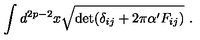
\int d ^ { 2 p - 2 } x \sqrt { \det ( \delta _ { i j } + 2 \pi \alpha ^ { \prime } F _ { i j } ) } \ .